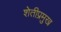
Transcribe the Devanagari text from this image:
शेतीप्रमुख